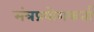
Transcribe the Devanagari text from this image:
मंत्रप्रयोगकर्ता